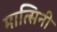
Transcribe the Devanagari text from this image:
मात्सिनी